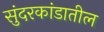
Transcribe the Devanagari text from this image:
सुंदरकांडातील